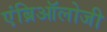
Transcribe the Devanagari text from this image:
एंब्रिऑलोजी